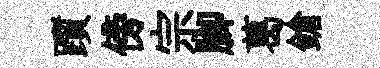
躓傍宗腳葛鎗